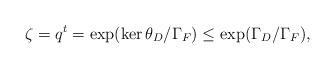
LaTeX: \begin{align*}\zeta=q^t=\exp(\ker\theta_D/\Gamma_F)\leq\exp(\Gamma_D/\Gamma_F),\end{align*}